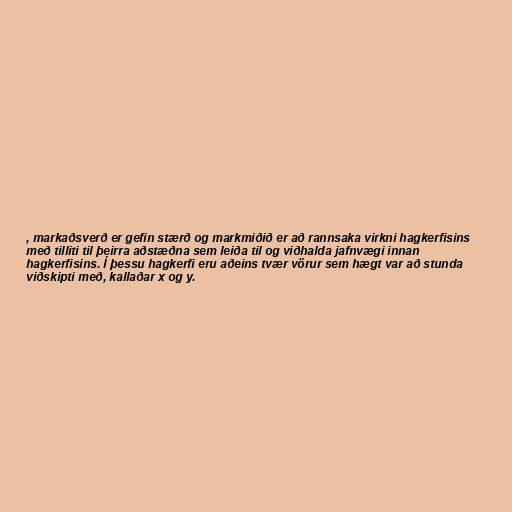
, markaðsverð er gefin stærð og markmiðið er að rannsaka virkni hagkerfisins
með tilliti til þeirra aðstæðna sem leiða til og viðhalda jafnvægi innan
hagkerfisins. Í þessu hagkerfi eru aðeins tvær vörur sem hægt var að stunda
viðskipti með, kallaðar x og y.